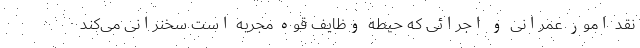
نقد امور عمرانی و اجرائی که حیطه وظایف قوه مجریه است سخنرانی می‌کند